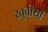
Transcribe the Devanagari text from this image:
खुबीयाँ